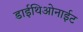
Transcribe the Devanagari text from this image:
डाईथिओनाईट